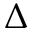
\Delta